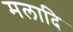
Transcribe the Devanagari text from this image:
मलादि